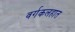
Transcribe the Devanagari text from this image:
वर्गकलहात